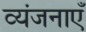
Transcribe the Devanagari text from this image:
व्यंजनाएँ